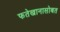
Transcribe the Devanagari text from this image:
फतेखानासोबत